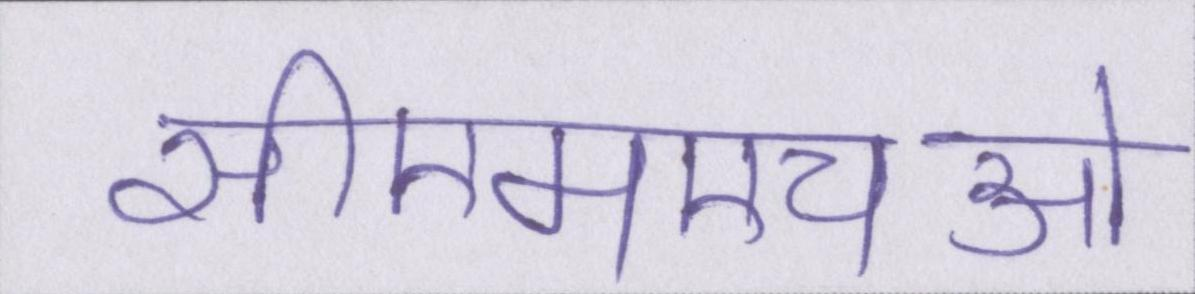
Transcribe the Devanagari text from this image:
सीएमएचओ